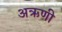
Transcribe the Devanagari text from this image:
अऋणी